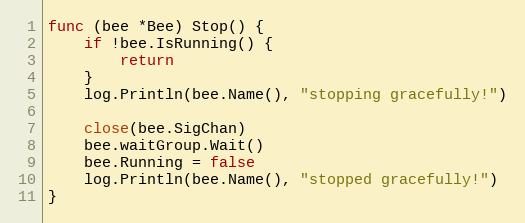
Language: Go
func (bee *Bee) Stop() {
	if !bee.IsRunning() {
		return
	}
	log.Println(bee.Name(), "stopping gracefully!")

	close(bee.SigChan)
	bee.waitGroup.Wait()
	bee.Running = false
	log.Println(bee.Name(), "stopped gracefully!")
}